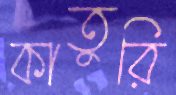
কাতুরি